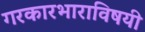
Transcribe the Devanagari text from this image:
गरकारभाराविषयी